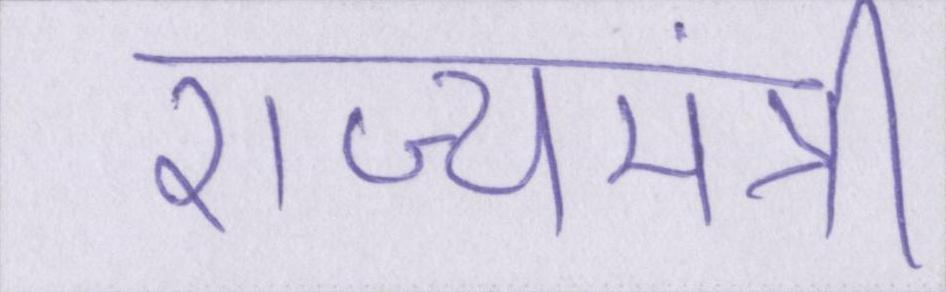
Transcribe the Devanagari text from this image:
राज्यमंत्री